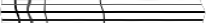
٦١